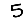
Digit: 5